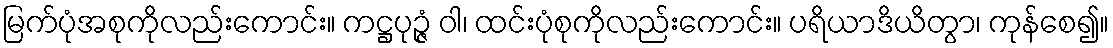
မြက်ပုံအစုကိုလည်းကောင်း။ ကဋ္ဌပုဉ္ဇံ ဝါ၊ ထင်းပုံစုကိုလည်းကောင်း။ ပရိယာဒိယိတွာ၊ ကုန်စေ၍။